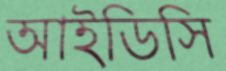
আইডিসি